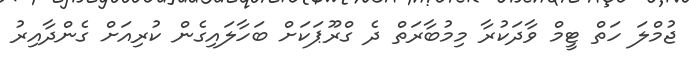
ޖުމްލަ ހަތް ޓީމް ވާދަކުރާ މިމުބާރަތް ދެ ގްރޫޕަކަށް ބަހާލައިގެން ކުރިއަށް ގެންދާއިރު